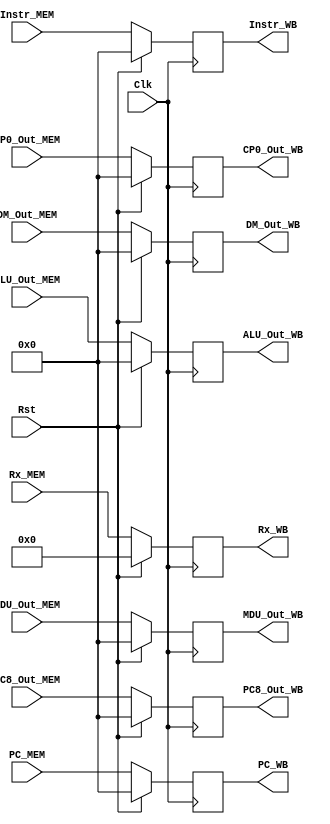
module MEM_WB(
    input [31:0] Instr_MEM,
    input [31:0] ALU_Out_MEM,
	 input [31:0] MDU_Out_MEM,
    input [31:0] DM_Out_MEM,
	 input [31:0] CP0_Out_MEM,
    input [31:0] PC8_Out_MEM,
	 input [31:0] PC_MEM,
    input [4:0] Rx_MEM,
	 output reg[31:0] Instr_WB,
    output reg[31:0] ALU_Out_WB,
	 output reg[31:0] MDU_Out_WB,
    output reg[31:0] DM_Out_WB,
	 output reg[31:0] CP0_Out_WB,
    output reg[31:0] PC8_Out_WB,
	 output reg[31:0] PC_WB,
    output reg[4:0] Rx_WB,
    input Clk,
	 input Rst
    );
	always@(posedge Clk)begin
		if(Rst)begin
			Instr_WB <= 0;
			ALU_Out_WB <= 0;
			MDU_Out_WB <= 0;
			DM_Out_WB <= 0;
			CP0_Out_WB <= 0;
			PC8_Out_WB <= 0;
			PC_WB <= 0;
			Rx_WB <= 0;
		end
		else begin
			Instr_WB <= Instr_MEM;
			ALU_Out_WB <= ALU_Out_MEM;
			MDU_Out_WB <= MDU_Out_MEM;
			DM_Out_WB <= DM_Out_MEM;
			CP0_Out_WB <= CP0_Out_MEM;
			PC8_Out_WB <= PC8_Out_MEM;
			PC_WB <= PC_MEM;
			Rx_WB <= Rx_MEM;
		end
	end

endmodule